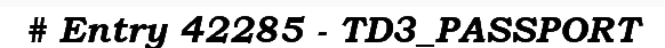
# Entry 42285 - TD3_PASSPORT